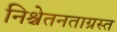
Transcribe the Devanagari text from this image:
निश्चेतनताग्रस्त